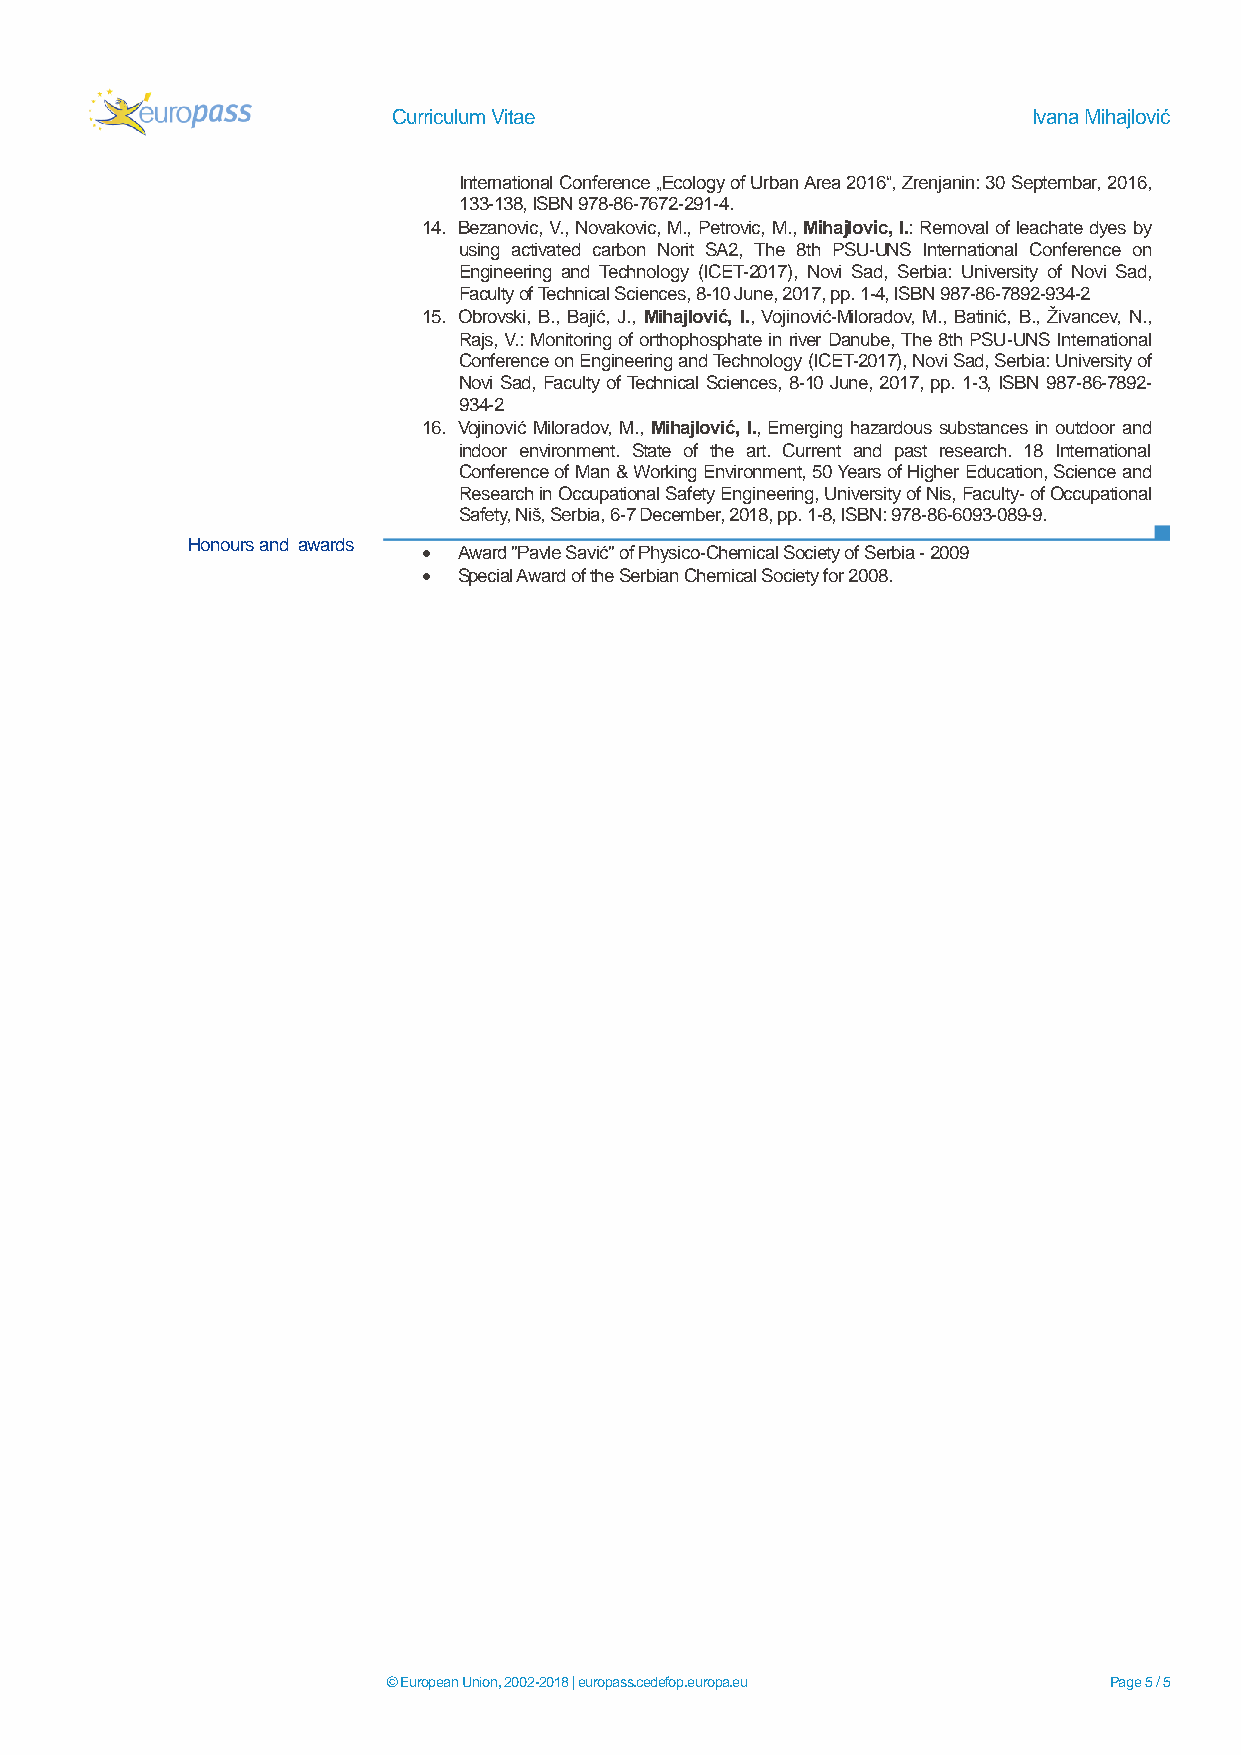
Curriculum Vitae                          Ivana Mihajlović
 International Conference „Ecology of Urban Area 2016“, Zrenjanin: 30 Septembar, 2016,
 133-138, ISBN 978-86-7672-291-4.
 14. Bezanovic, V., Novakovic, M., Petrovic, M., Mihajlovic, I.: Removal of leachate dyes by
 using activated carbon Norit SA2, The 8th PSU-UNS International Conference on
 Engineering and Technology (ICET-2017), Novi Sad, Serbia: University of Novi Sad,
 Faculty of Technical Sciences, 8-10 June, 2017, pp. 1-4, ISBN 987-86-7892-934-2
 15. Obrovski, B., Bajić, J., Mihajlović, I., Vojinović-Miloradov, M., Batinić, B., Ţivancev, N.,
 Rajs, V.: Monitoring of orthophosphate in river Danube, The 8th PSU-UNS International
 Conference on Engineering and Technology (ICET-2017), Novi Sad, Serbia: University of
 Novi Sad, Faculty of Technical Sciences, 8-10 June, 2017, pp. 1-3, ISBN 987-86-7892-
 934-2
 16. Vojinović Miloradov, M., Mihajlović, I., Emerging hazardous substances in outdoor and
 indoor environment. State of the art. Current and past research. 18 International
 Conference of Man & Working Environment, 50 Years of Higher Education, Science and
 Research in Occupational Safety Engineering, University of Nis, Faculty- of Occupational
 Safety, Niš, Serbia, 6-7 December, 2018, pp. 1-8, ISBN: 978-86-6093-089-9.
 Honours and awards
  Award "Pavle Savić" of Physico-Chemical Society of Serbia - 2009
  Special Award of the Serbian Chemical Society for 2008.
 © European Union, 2002-2018 | europass.cedefop.europa.eu Page 5 / 5